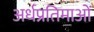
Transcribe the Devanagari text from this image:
अर्धप्रतिमाओं